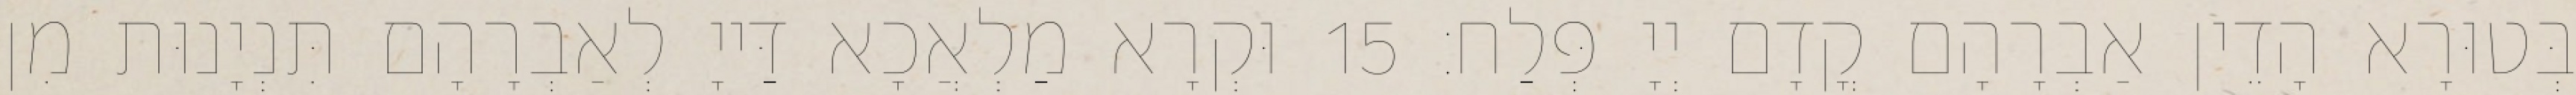
בְּטוּרָא הָדֵין אַבְרָהָם קֳדָם יְיָ פְּלַח׃ 15 וּקְרָא מַלְאֲכָא דַּייָ לְאַבְרָהָם תִּנְיָנוּת מִן